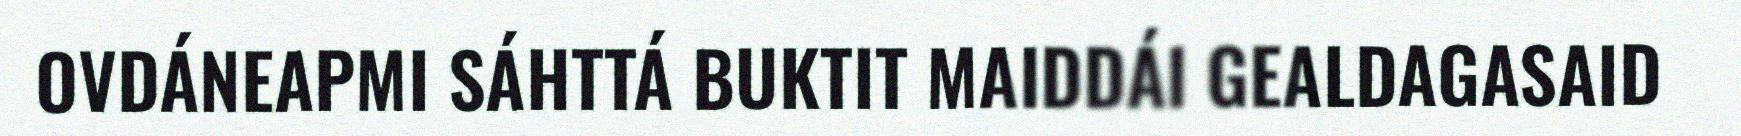
OVDÁNEAPMI SÁHTTÁ BUKTIT MAIDDÁI GEALDAGASAID